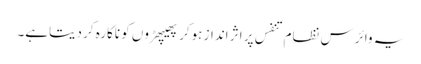
یہ وائرس نظام تنفس پر اثر انداز ہوکر پھیپھڑوں کو ناکارہ کر دیتاہے۔